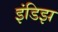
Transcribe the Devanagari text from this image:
इंडिझ